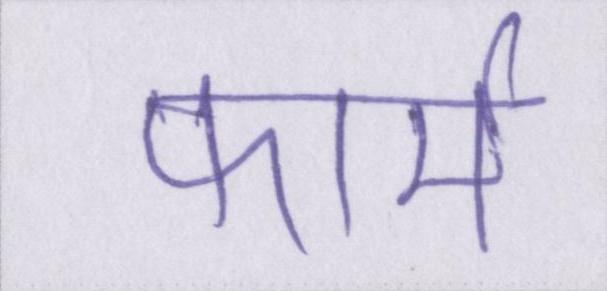
फार्म